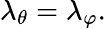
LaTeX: \lambda_{\theta}=\lambda_{\varphi}.